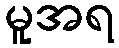
မူအရ